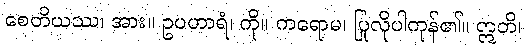
စေတိယဿ၊ အား။ ဥပဟာရံ၊ ကို။ ကရောမ၊ ပြုလိုပါကုန်၏။ ဣတိ၊